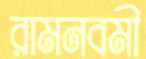
রামনবমী